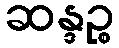
ဆန္ဒဉ္စ